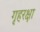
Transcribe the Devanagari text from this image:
गृहरक्षा